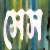
সেস